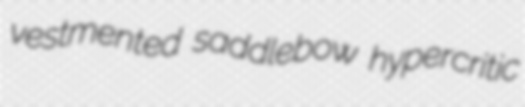
vestmented saddlebow hypercritic